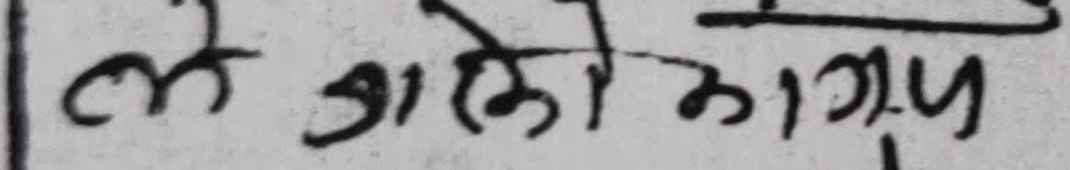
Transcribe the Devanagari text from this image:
ले जाहे कागज